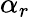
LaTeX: \alpha_{r}